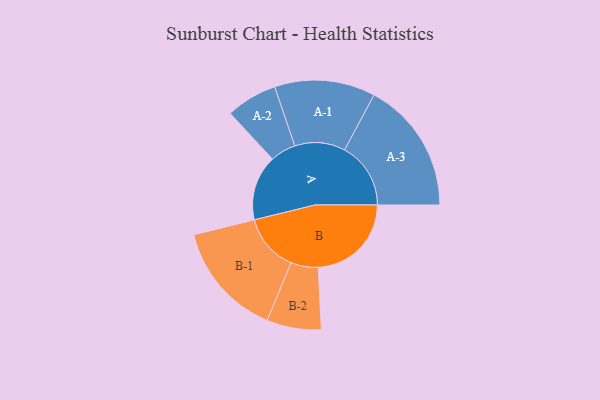
{"axis": {"x": "Segment", "y": "Value"}, "legend": ["", "A", "B"], "data": [{"x": "A", "y": 285, "type": ""}, {"x": "B", "y": 407, "type": ""}, {"x": "A-1", "y": 220, "type": "A"}, {"x": "A-2", "y": 112, "type": "A"}, {"x": "A-3", "y": 289, "type": "A"}, {"x": "B-1", "y": 251, "type": "B"}, {"x": "B-2", "y": 119, "type": "B"}]}